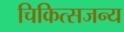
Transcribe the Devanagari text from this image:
चिकित्सजन्य